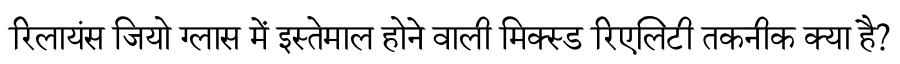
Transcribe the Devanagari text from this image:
रिलायंस जियो ग्लास में इस्तेमाल होने वाली मिक्स्ड रिएलिटी तकनीक क्या है?